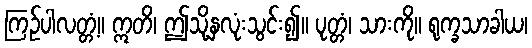
ကြဉ်ပါလတ္တံ့။ ဣတိ၊ ဤသို့နှလုံးသွင်း၍။ ပုတ္တံ၊ သားကို။ ရုက္ခသာခါယ၊